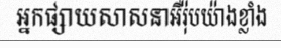
អ្នកផ្សាយសាសនាអឺរ៉ុបយ៉ាងខ្លាំង